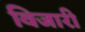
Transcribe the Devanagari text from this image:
विजारी